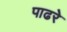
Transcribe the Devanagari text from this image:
पाढरे